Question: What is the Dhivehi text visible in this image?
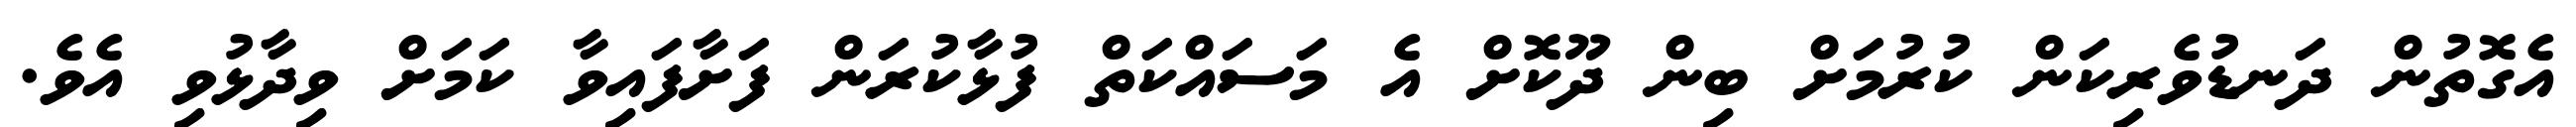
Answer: އެގޮތުން ދަނޑުވެރިކަން ކުރުމަށް ބިން ދޫކޮށް އެ މަސައްކަތް ފުޅާކުރަން ފަށާފައިވާ ކަމަށް ވިދާޅުވި އެވެ.